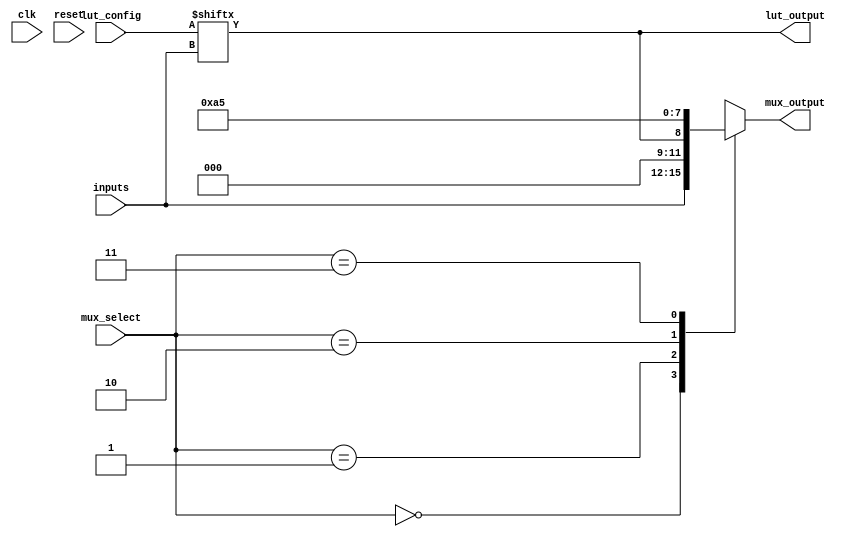
module CLB (
    input wire [3:0] inputs,          // 4-bit input for LUT
    input wire [1:0] mux_select,      // 2-bit select for MUX
    input wire clk,                   // Clock signal for flip-flop
    input wire reset,                 // Reset signal
    input wire [15:0] lut_config,     // Configuration for LUT (16 entries for 4 inputs)
    output wire [3:0] mux_output,     // Output from MUX
    output wire lut_output            // Output from LUT
);

// LUT implementation
reg [3:0] lut; // 4-bit output for LUT

always @(*) begin
    lut = lut_config[inputs]; // Select output based on inputs and configuration
end

assign lut_output = lut[0]; // Example: output the first bit of LUT

// MUX implementation
reg [3:0] mux; // 4-bit output for MUX

always @(*) begin
    case (mux_select)
        2'b00: mux = inputs;          // Route inputs directly
        2'b01: mux = {3'b000, lut_output}; // Route LUT output
        2'b10: mux = 4'b1010;         // Example fixed value
        2'b11: mux = 4'b0101;         // Another example fixed value
        default: mux = 4'b0000;       // Default case
    endcase
end

assign mux_output = mux; // Output from MUX

// Carry Logic (Example for addition)
wire carry_out;
wire [3:0] sum;
assign {carry_out, sum} = inputs + 4'b0001; // Simple carry logic for addition

// Flip-Flop implementation
reg [3:0] ff_output;

always @(posedge clk or posedge reset) begin
    if (reset) begin
        ff_output <= 4'b0000; // Reset output
    end else begin
        ff_output <= mux_output; // Store MUX output in flip-flop
    end
end

endmodule